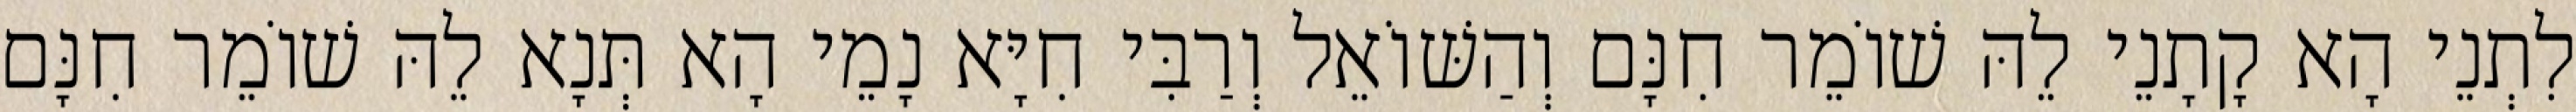
לִתְנֵי הָא קָתָנֵי לֵהּ שׁוֹמֵר חִנָּם וְהַשּׁוֹאֵל וְרַבִּי חִיָּא נָמֵי הָא תְּנָא לֵהּ שׁוֹמֵר חִנָּם